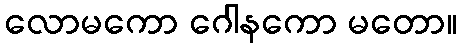
လောမကော ဂေါနကော မတော။